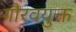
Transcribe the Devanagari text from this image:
गौरवयुक्त